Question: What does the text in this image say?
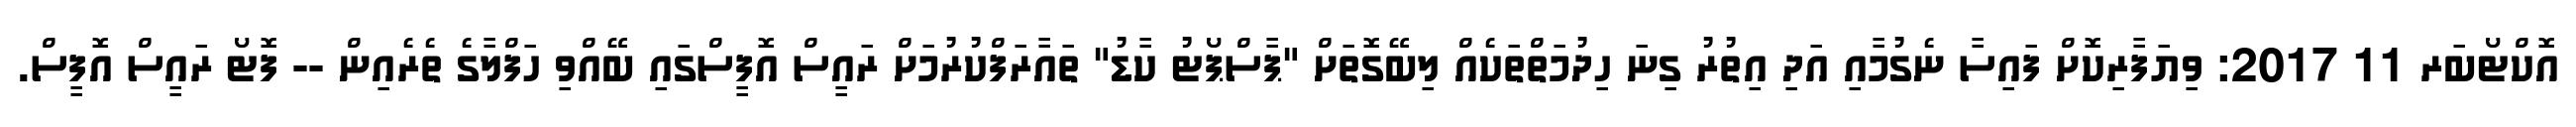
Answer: އޮކްޓޯބަރ 11 2017: ވިޔަފާރިކޮށް ފައިސާ ނެގުމާއި އަދި އިތުރު ގިނަ ހިދުމަތްތަކެއް ލިބޭގޮތަށް "ޕާސްޕޯޓު ކާޑު" ތައާރަފްކުރުމަށް ރައީސް އޮފީސްގައި ބޭއްވި ހަފްލާގެ ތެރެއިން -- ފޮޓޯ ރައީސް އޮފީސް.